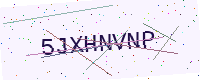
Text: 5JXHNVNP